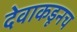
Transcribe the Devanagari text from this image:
देवाकडूनच